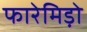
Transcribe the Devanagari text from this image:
फारेमिड़ो